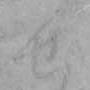
せ